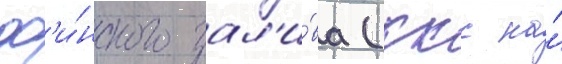
ф'и́нского зал'и́ва (ккс на́